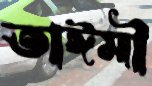
তাঈমী